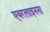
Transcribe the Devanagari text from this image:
एयरलाइनना